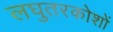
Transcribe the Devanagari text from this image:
लघुतरकोशों